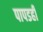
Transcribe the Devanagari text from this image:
पापडही